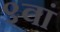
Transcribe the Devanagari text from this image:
९वां